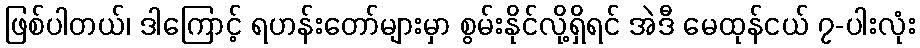
ဖြစ်ပါတယ်၊ ဒါကြောင့် ရဟန်းတော်များမှာ စွမ်းနိုင်လို့ရှိရင် အဲဒီ မေထုန်ငယ် ၇-ပါးလုံး